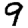
Digit: 9